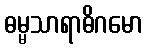
ဓမ္မသာရာဓိဂမော